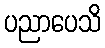
ပညာပေသိ